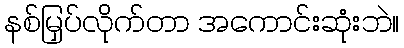
နစ်မြှပ်လိုက်တာ အကောင်းဆုံးဘဲ။